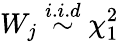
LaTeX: W_{j}\stackrel{i.i.d}{\sim}\chi_{1}^{2}